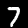
Digit: 7